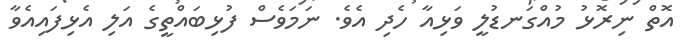
އޮތް ނިރޮޅު މުއްގަނޑުލީ ވަޅިއާ ހެދި އެވެ. ނަމަވެސް ފުޅިބައްތީގެ އަލި އެޅިފައިއެވާ